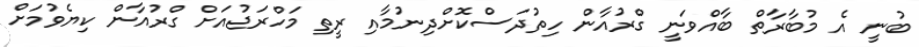
ބުނީ އެ މުބާރާތް ބާއްވަނީ ގްރުއާން ހިތުދަސްކޮށްދިނުމާއި ރީތި މަހްރަޖުއަށް ގްރުއާން ކިޔެވުމަށް